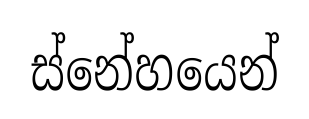
ස්නේහයෙන්